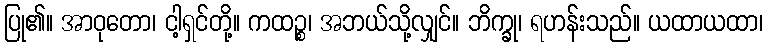
ပြု၏။ အာဝုတော၊ ငါ့ရှင်တို့။ ကထဉ္စ၊ အဘယ်သို့လျှင်။ ဘိက္ခု၊ ရဟန်းသည်။ ယထာယထာ၊